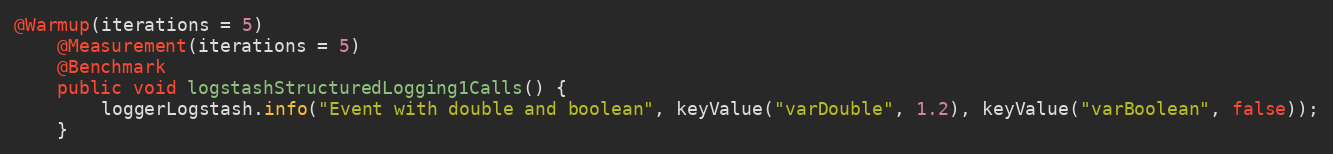
Language: Java
@Warmup(iterations = 5)
    @Measurement(iterations = 5)
    @Benchmark
    public void logstashStructuredLogging1Calls() {
        loggerLogstash.info("Event with double and boolean", keyValue("varDouble", 1.2), keyValue("varBoolean", false));
    }